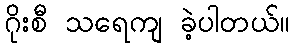
ဂိုးစီ သရေကျ ခဲ့ပါတယ်။